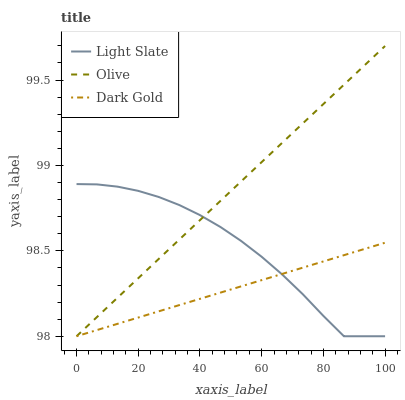
| xaxis_label | Light Slate | Olive | Dark Gold |
 | --- | --- | --- | --- |
 | 0 | 98.9 | 98 | 98 |
 | 6.67 | 98.9 | 98.1 | 98 |
 | 13.3 | 98.9 | 98.2 | 98.1 |
 | 20 | 98.9 | 98.3 | 98.1 |
 | 26.7 | 98.8 | 98.5 | 98.1 |
 | 33.3 | 98.8 | 98.6 | 98.2 |
 | 40 | 98.7 | 98.7 | 98.2 |
 | 46.7 | 98.6 | 98.8 | 98.3 |
 | 53.3 | 98.6 | 98.9 | 98.3 |
 | 60 | 98.5 | 99 | 98.3 |
 | 66.7 | 98.4 | 99.1 | 98.4 |
 | 73.3 | 98.2 | 99.2 | 98.4 |
 | 80 | 98.1 | 99.4 | 98.4 |
 | 86.7 | 98 | 99.5 | 98.5 |
 | 93.3 | 98 | 99.6 | 98.5 |
 | 100 | 98 | 99.7 | 98.5 |